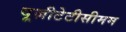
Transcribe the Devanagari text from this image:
यूज़ीटेटीसीमम